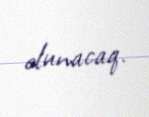
olunacaq.